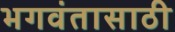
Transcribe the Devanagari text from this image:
भगवंतासाठी